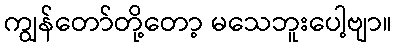
ကျွန်တော်တို့တော့ မသေဘူးပေါ့ဗျာ။